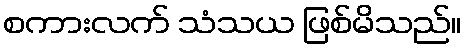
စကားလက် သံသယ ဖြစ်မိသည်။